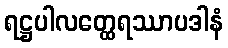
ရဋ္ဌပါလတ္ထေရဿာပဒါနံ